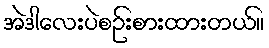
အဲဒါလေးပဲစဉ်းစားထားတယ်။